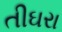
તીઘરા